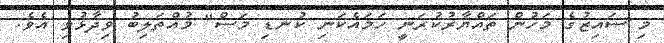
މި ސައިޒުގެ މަހުން ތައްޔާރުކުރަނީ ހަމައެކަނި ކުނޑި މަސް" މުއްތަލިބު ވިދާޅުވި އެވެ.